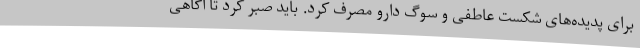
برای پدیده‌های شکست عاطفی و سوگ دارو مصرف کرد. باید صبر کرد تا آگاهی